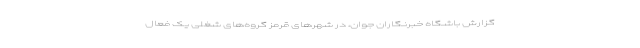
گزارش باشگاه خبرنگاران جوان، در شهر‌های قرمز گروه‌های شغلی یک فعال